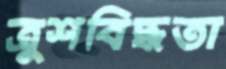
ত্রুশবিদ্ধতা